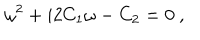
\omega ^ { 2 } + i 2 C _ { 1 } \omega - C _ { 2 } = 0 \ ,